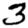
Digit: 3